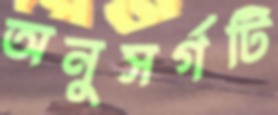
অনুসর্গটি